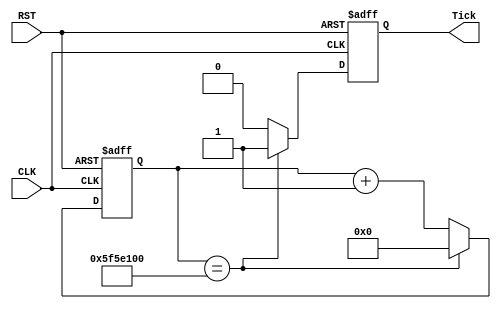
module SecondTick(CLK, RST, Tick);
	input CLK;
	input RST;
	output reg Tick;
	
	//Artix 7 running at 100MHz
	parameter CLOCKSPEED = 100000000;
	
	//27 Bits required to count to 100 million
	reg[26:0] Counter;
	
	always @ (posedge CLK or posedge RST) begin
		if(RST) begin
			Tick <= 1'b0;
			Counter <= 27'd0;
		end else begin
			Counter <= Counter + 1;
			if(Counter == CLOCKSPEED) begin
				Tick <= 1'b1;
				Counter <= 27'd0;
			end else begin
				Tick <= 1'b0;
			end
		end
	end
endmodule